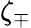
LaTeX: \zeta_{\mp}